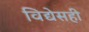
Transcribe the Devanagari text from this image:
विद्येसही